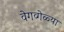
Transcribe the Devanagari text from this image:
वेगव्गेळ्या